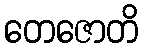
တေဇောတိ